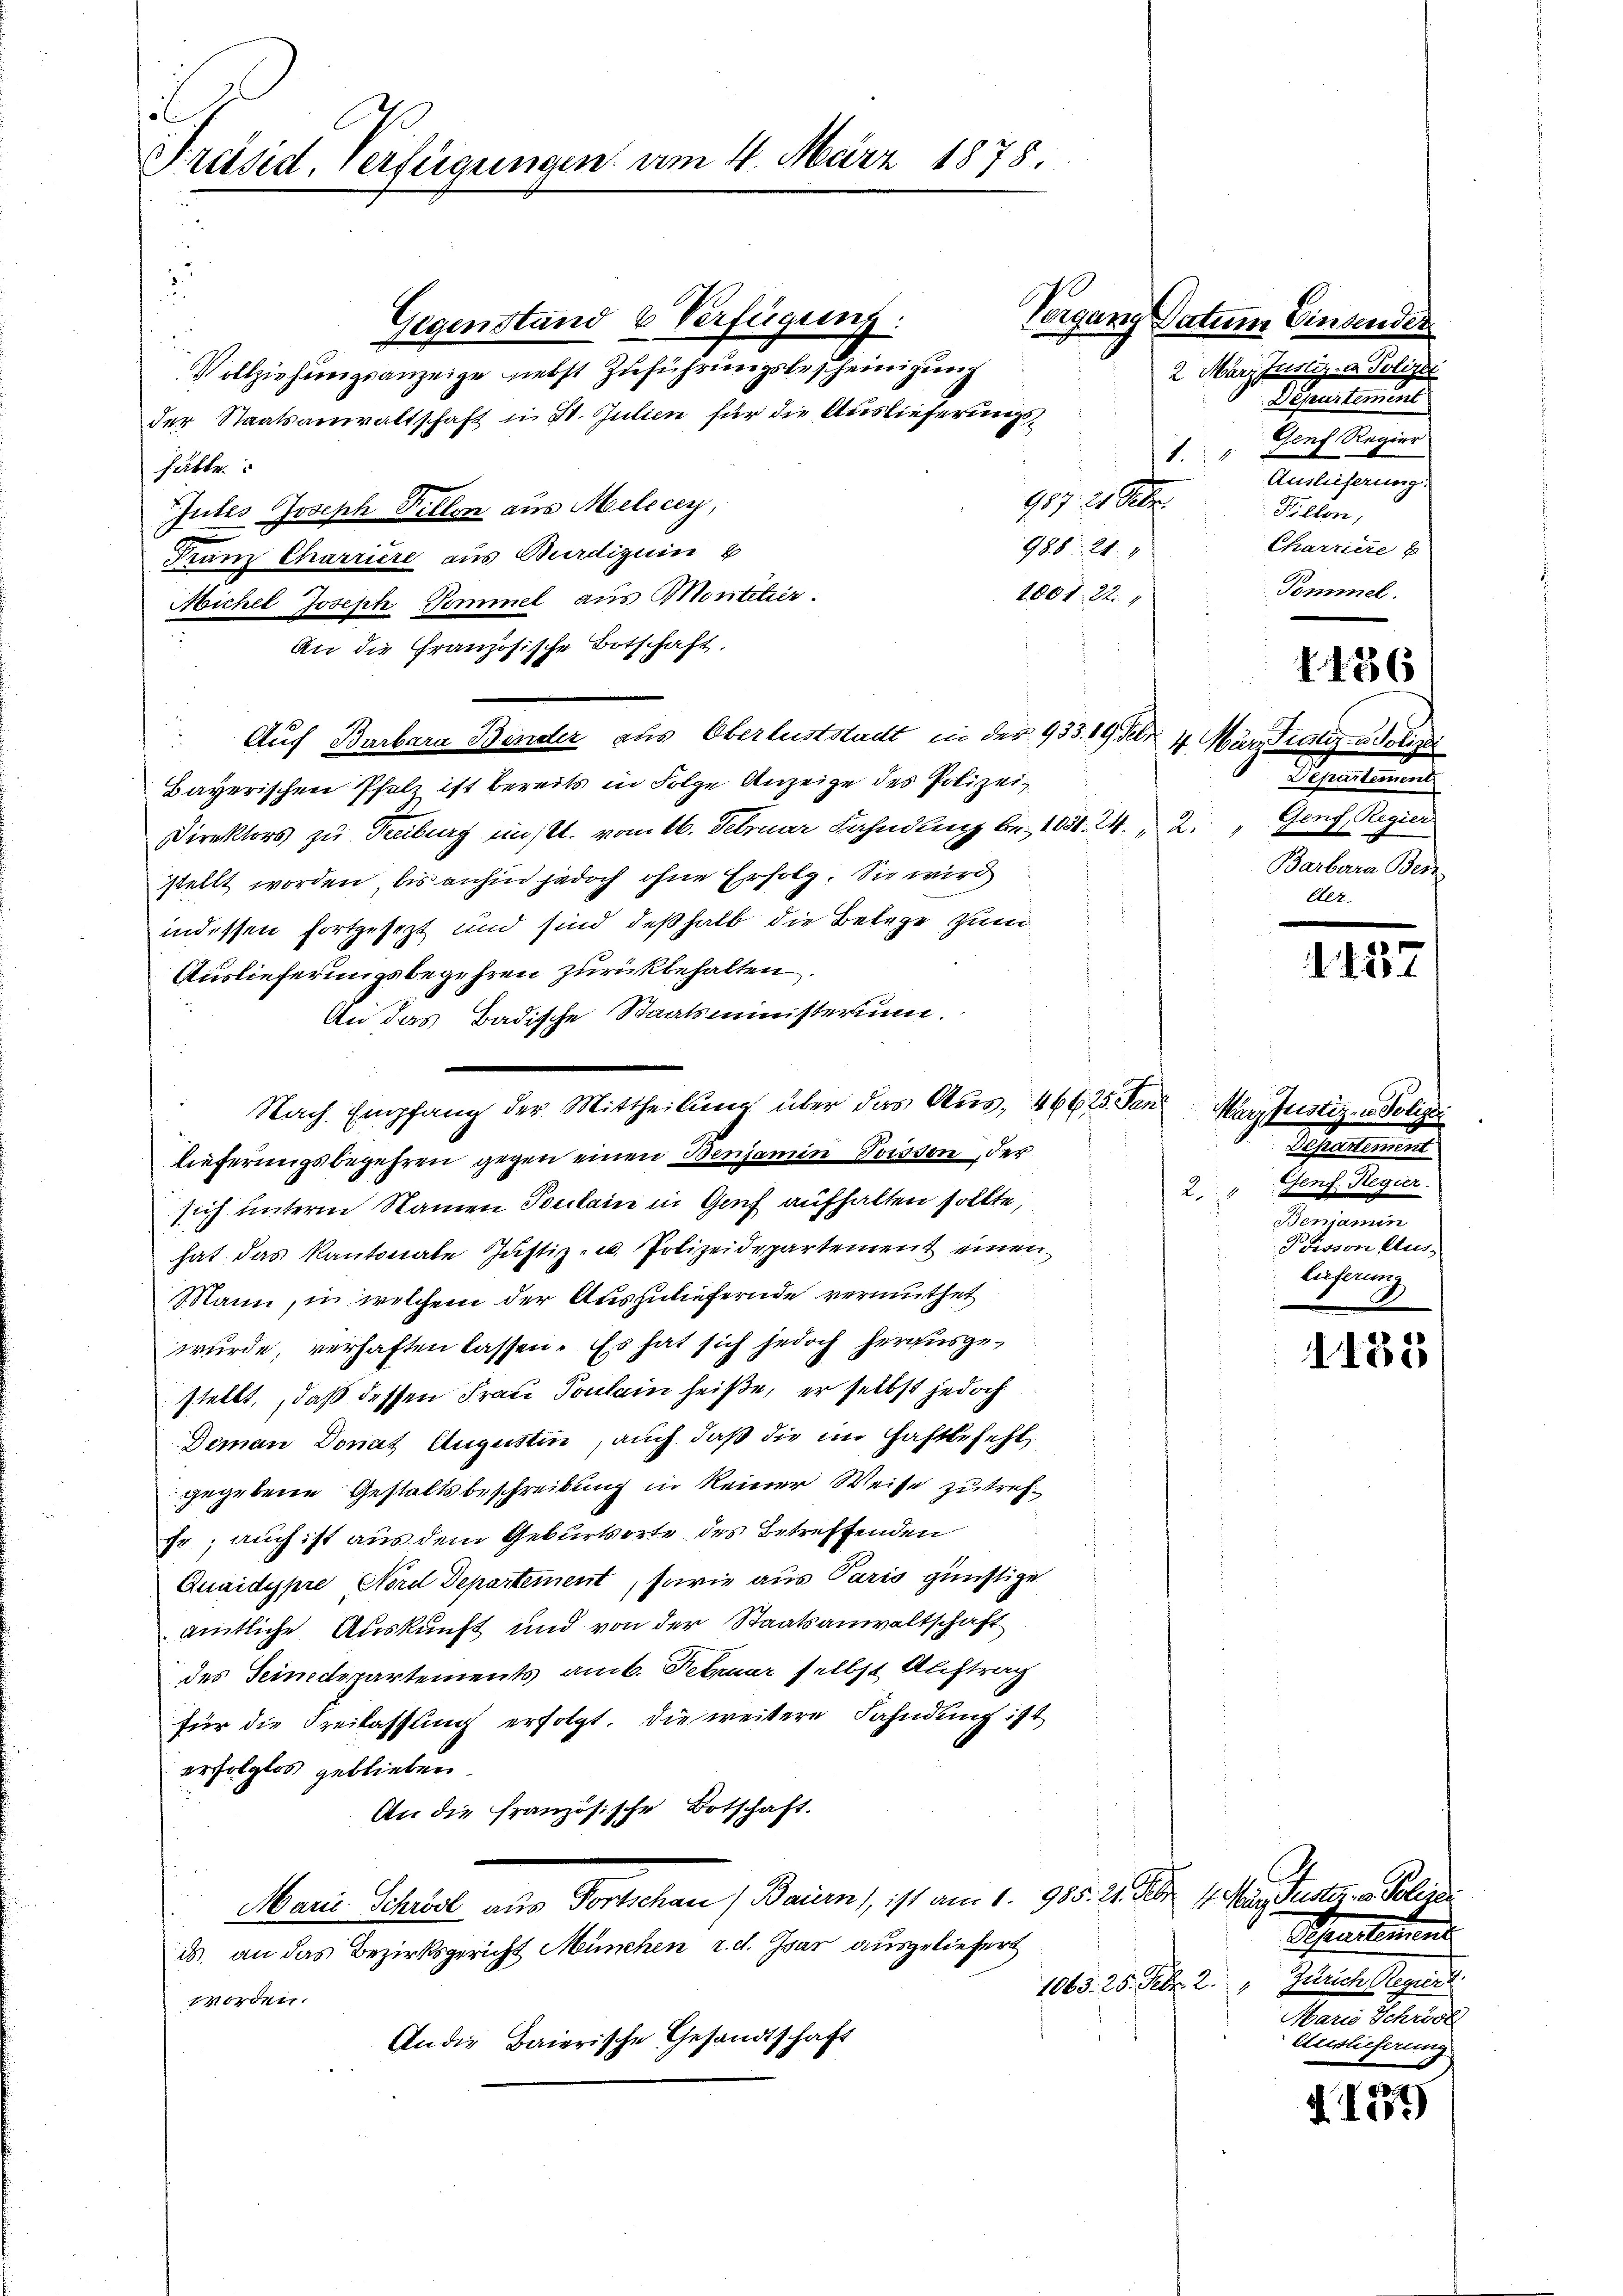
l
Präsid. Verfügungen am 4. März 1878.

2
Gegenstand & Verfügung:
Vollziehungsanzeige nebst Zuführungsbescheinigung
der Staatsanwaltschaft in St. Julien für die Auslieferungshätte.
987. 21 Febr.
Gutes Joseph Fellen aus Melicey,
988. 21.
Franz Charriere aus Burdizin
1001. 22.
Michel Joseph Pommel aus Montetier.
An die Französische Botschaft.
Auf Barbara Bender aus Oberluststadt in der 933. 19 Febr. 4. März ewig u. Polize
Bayerischen Pfeli ist bereits in Folge Anzeige des Polizei
Direktors zu Treiburg unst. vom 16. Februar Fahndung be 1831. 24. 2. " Genf, Regier
stellt worden, bis anhin jedoch ohne Erfolg. Sie wird
indessen fortgesetzt und sind deßhalb die Belege zum
Auslieferungsbegehren zurückbehalten.
An das Badische Staatsministerium.
lieferungsbegehren gegen einen Benjamin Poisson, der
sich unterm Namen Sontain in Genf aufhalten sollte,
hat das Kantonale Justiz- u. Polizeidepartement einen
Mann, in welchem der Auszuliefernde vermuthet
wurde, verhaften lassen. Es hat sich jedoch herausgestellt, daß dessen Frau Toulain heiße, er selbst jedoch
Deman Donat Augustin, auch, daß die im Haftbefehl,
gegebene Gestaltsbeschreibung in keiner Weise zutref¬
Fr; auch ist aus dem Geburtsorte des Betreffenden
Quaidippre Nord Departement, sowie aus Paris günstige
amtliche Auskunft und von der Staatsanwaltschaft
des Seinerspartements am 6. Februar selbst Auftrag
für die Freilassung erfolgt. Die weitere Fahndung ist
erfolglos geblieben.
An die französische Botschaft.
Marie Schrist aus Fortschau, Bauen, ist am 1. 955. 24. Febr. 1. Jun. Seiter in Polen
ds. an das Bezirksgericht München z. d. Jsar ausgeliefert
worden.
An die Baierische Gesandtschaft

Nach Empfang der Mittheilung über das Aus- 46625. Fen

Vorgang Datum Einsender
2. März Justiz- u. Polizei
Departement
Genf Regier
1
Auslieferung
Fillon,
Charriere
Pommel.

Departement
Barbara Ben

1436

1227

Warzfristiz- u. Polizei
Passierung
Genf. Regier
2.
Beniamm
Poisson Aus-
lieferung

1185

Schnetent
1065. 28. Febr. 2. Zürich legirt
Marie Schröde
Auslieferung

§. 1277)